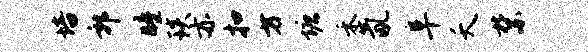
培郭瞳琰亦扣方塘禾氤阜夭禁